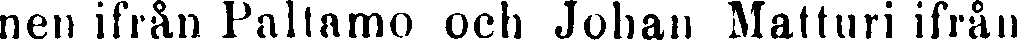
nen ifrån Paltamo och Johan Matturi ifrån